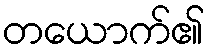
တယောက်၏